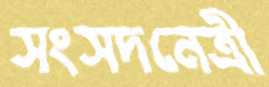
সংসদনেত্রী